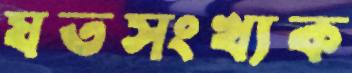
যতসংখ্যক